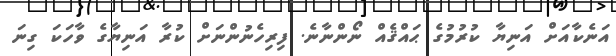
އަނެކާއަށް އަނިޔާ ކުރުމުގެ ޙައްޤެއް ނޯންނާނެ. ފިރިހެނުންނަށް ކުރާ އަނިޔާގެ ވާހަކަ ގިނަ